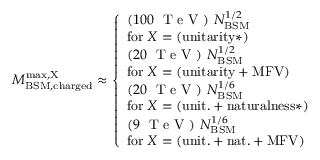
M _ { \mathrm { B S M , c h a r g e d } } ^ { \mathrm { m a x , X } } \approx \left\{ \begin{array} { l } { ( 1 0 0 ~ { \textrm { T e V } } ) \ N _ { \mathrm { B S M } } ^ { 1 / 2 } } \\ { \mathrm { f o r \; } X = \mathrm { ( u n i t a r i t y * ) } } \\ { ( 2 0 ~ { \textrm { T e V } } ) \ N _ { \mathrm { B S M } } ^ { 1 / 2 } } \\ { \mathrm { f o r \; } X = \mathrm { ( u n i t a r i t y + M F V ) } } \\ { ( 2 0 ~ { \textrm { T e V } } ) \ N _ { \mathrm { B S M } } ^ { 1 / 6 } } \\ { \mathrm { f o r \; } X = \mathrm { ( u n i t . + n a t u r a l n e s s * ) } } \\ { ( 9 ~ { \textrm { T e V } } ) \ N _ { \mathrm { B S M } } ^ { 1 / 6 } } \\ { \mathrm { f o r \; } X = \mathrm { ( u n i t . + n a t . + M F V ) } } \end{array} \right.